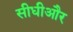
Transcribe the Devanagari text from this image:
सीधीऔर